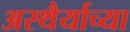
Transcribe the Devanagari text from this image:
अस्थैर्याच्या